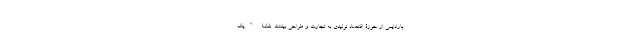
پارادایمی از حوزۀ اقتصاد تولیدی به تجارت و طراحی بیفتند. نقشۀ "یک